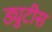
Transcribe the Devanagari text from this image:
ड्युटीस